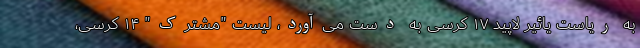
به ریاست یائیر لاپید ۱۷ کرسی به دست می‌آورد، لیست "مشترک" ۱۴ کرسی،